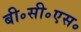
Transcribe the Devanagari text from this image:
बी॰सी॰एस॰